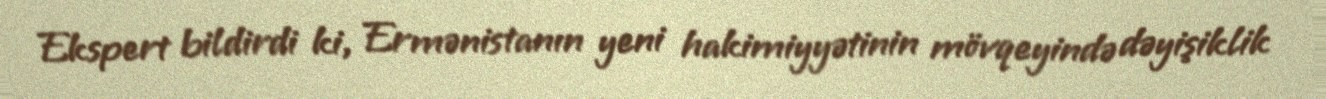
Ekspert bildirdi ki, Ermənistanın yeni hakimiyyətinin mövqeyində dəyişiklik